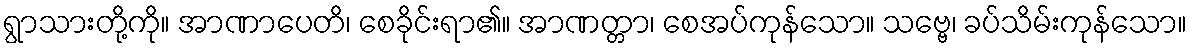
ရွာသားတို့ကို။ အာဏာပေတိ၊ စေခိုင်းရာ၏။ အာဏတ္တာ၊ စေအပ်ကုန်သော။ သဗ္ဗေ၊ ခပ်သိမ်းကုန်သော။